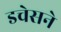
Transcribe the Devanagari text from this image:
डचेसने